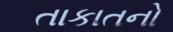
તાકાતનો